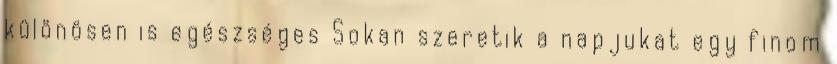
különösen is egészséges Sokan szeretik a napjukat egy finom